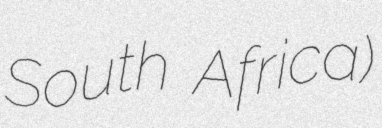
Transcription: South Africa)